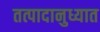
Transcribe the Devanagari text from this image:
तत्पादानुध्यात